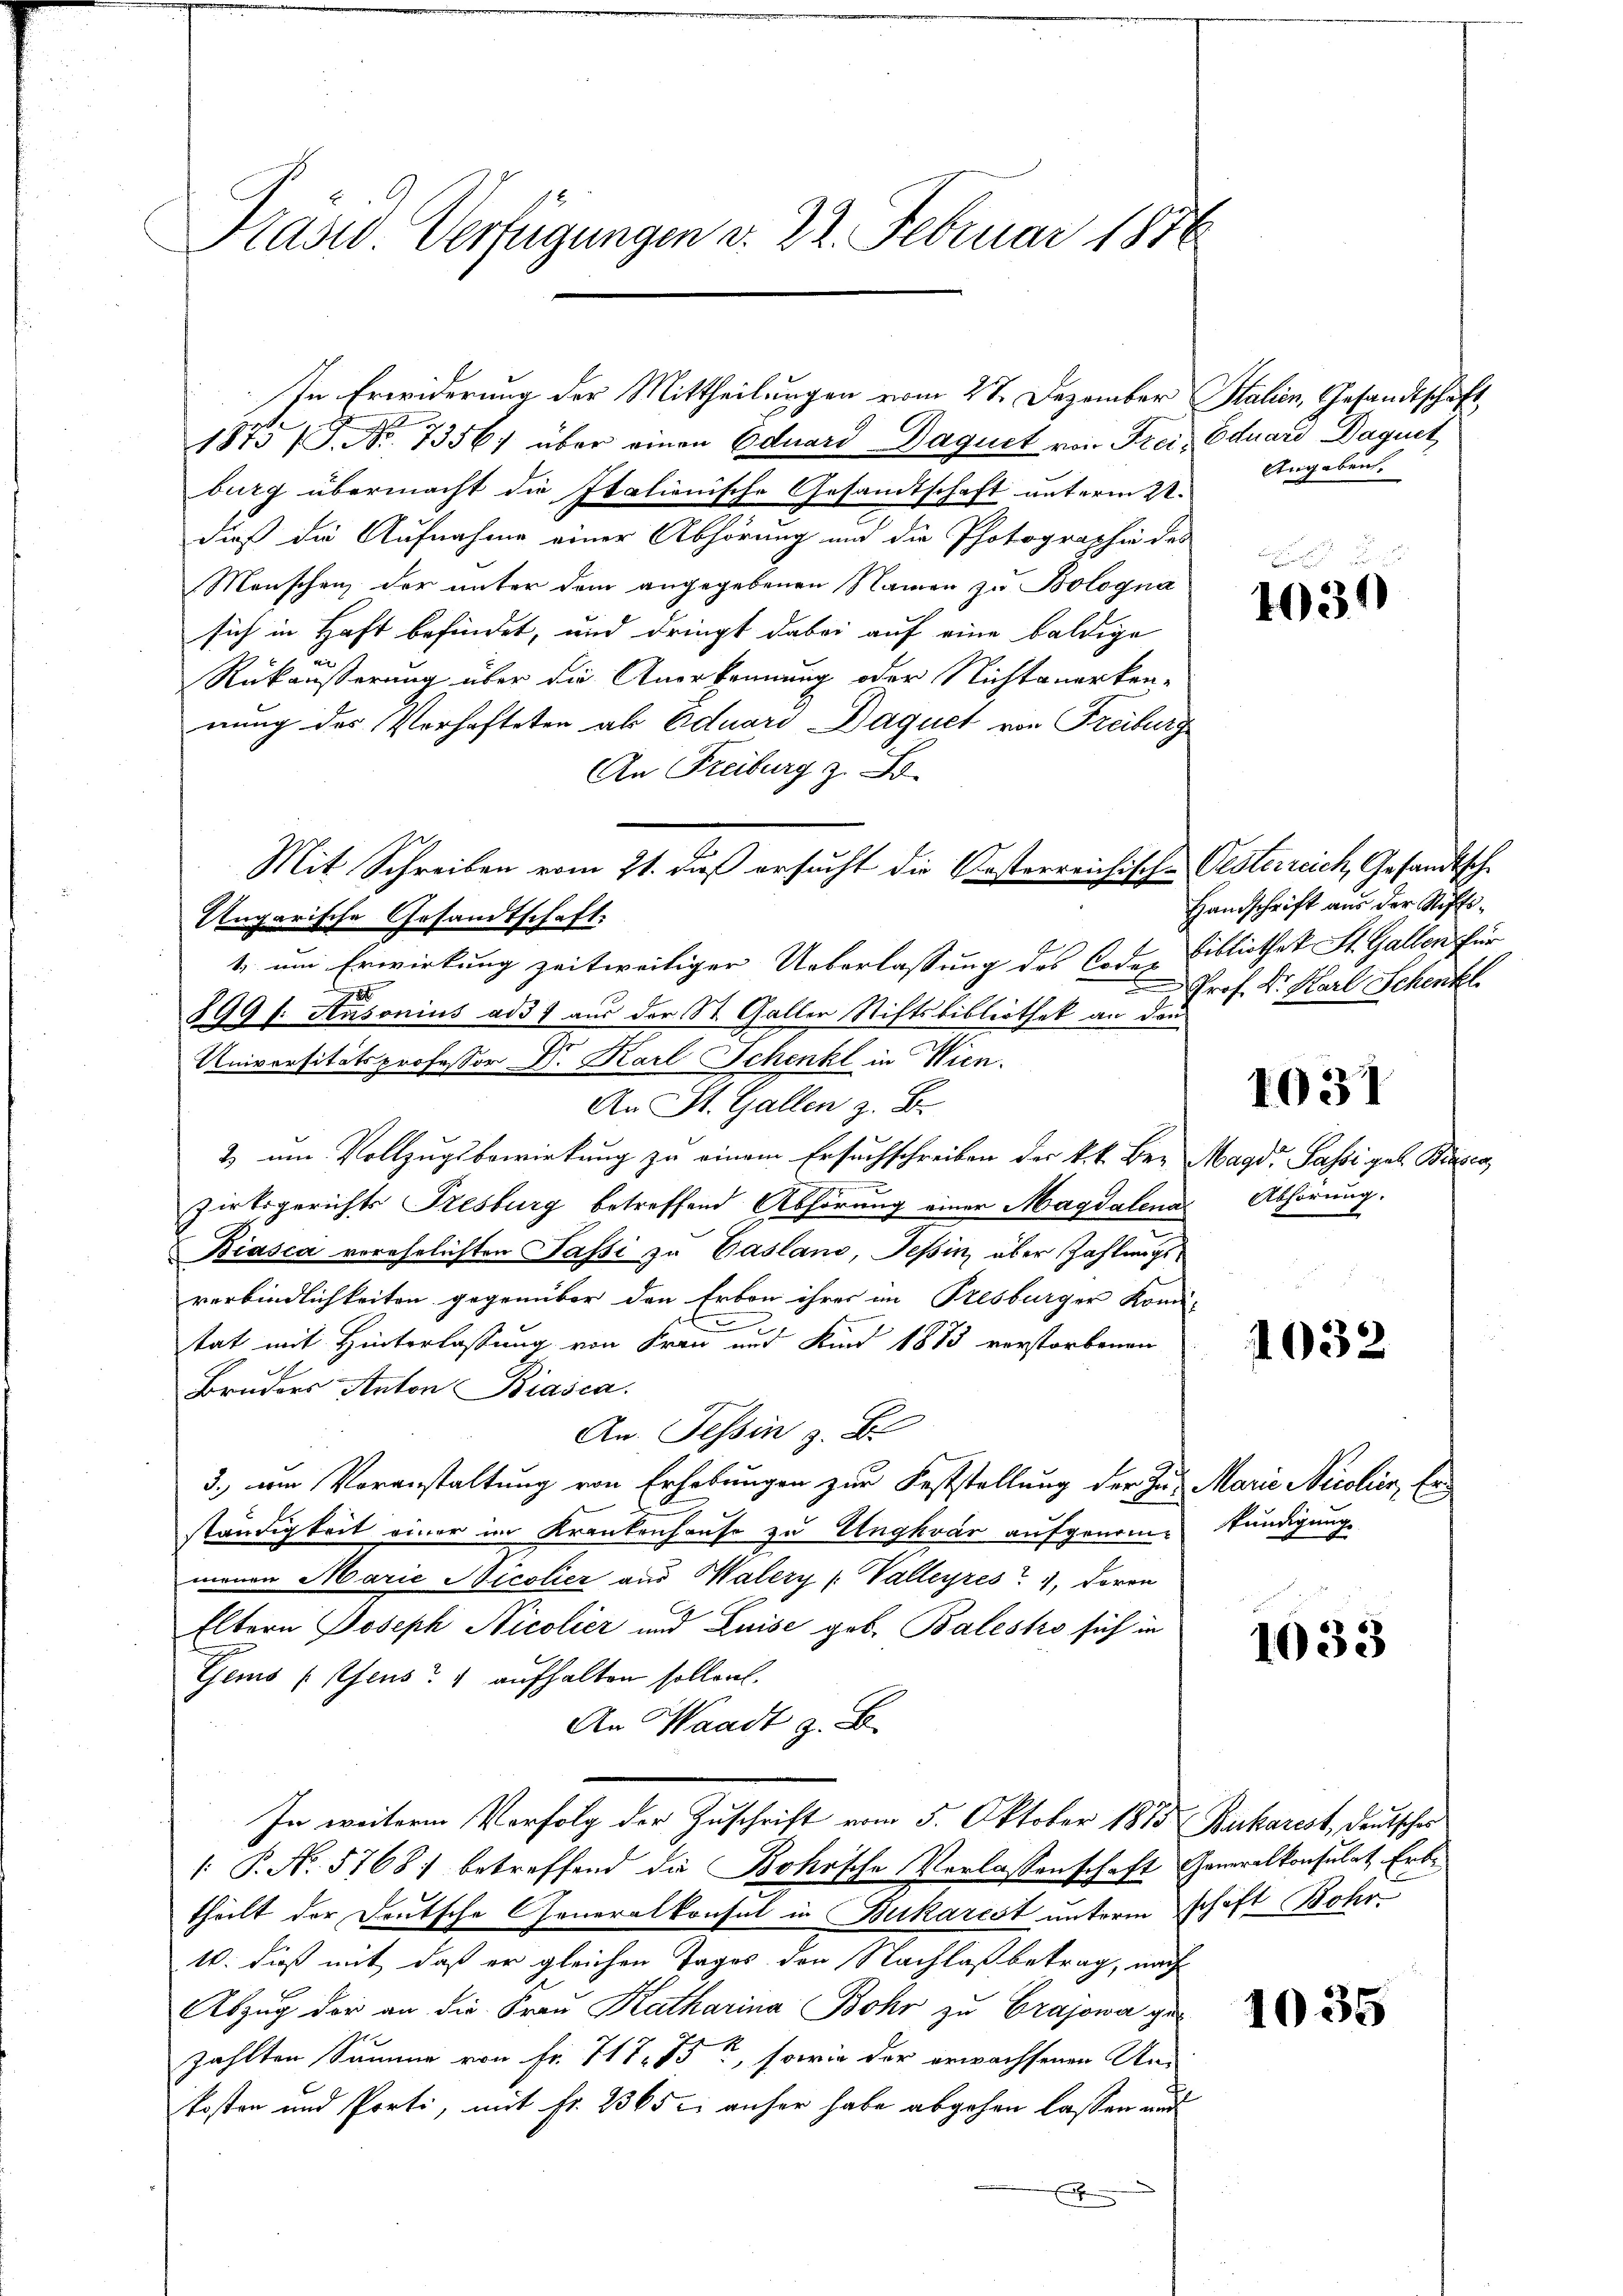
Präsid Verfügungen v. 22. Februar 1886

1875 /P. Nr. 7356. über einen Eduard Daquet von Freiburg übermacht die Italienische Gesandtschaft unterm 22.
daß die Aufnahme einer Abhörung und die Photographie des
Menschen der unter dem angegebenen Namen zu Bologna
sich in Haft befindet, und dringt dabei auf eine baldige
Rükäußerung über die Anerkennung oder Nichtanerken-
nung des Verhafteten ab Eduard Daquet von Freiburg
An Freiburg z. B.
Ungarische Gesandtschaft:
1. um Erwirkung zeitweiliger Ueberlassung des Codex
8
899 f. Ansonius ad 37 aus der St. Galler Stiftsbibliothek an die
Universitätsprofessor Dr. Karl Schenkt in Wien.
An St. Gallen z. B.
2 um Vollzugsbewirkung zu einem Ersuchschreiben der k.k. Be-
zirksgerichts Presburg betreffend Abhörung einer Magdalena
Biasca verehelichten Passi zu Vasland, Teßin, über Zahlungsverbindlichkeiten gegenüber den Erbon ihres am Presburger Kom-
.
tat mit Hinterlassung von Frau und Kind 1873 verstorbenen
Bruders Anton Biasca.
An. Tessin z. B.
3., um Voranstaltung von Erhebungen zur Feststellung der Zu- Marie Nicolier, Erständigkeit einer im Krankenhause zu Ungvár aufgenommenen Marie Nicolier aus Walery (Valleyres, doren
Eltern Joseph Nicolier und Luise geb. Balestro sich in
Gems (fens 4 aufhalten sollen.
An Waadt z. B.
In weiterem Verfolg der Zuschrift vom 5. Oktober 1875 Bukarest, deutscher
: P. No. 5768 betreffend die Bohrsche Verlassenschaft Generalkonsulat Erbe
theilt der Deutsche Generalkonsul in Bukarest unterm Schaft Bohr
1. dieß mit, daß er gleichen Tages den Nachlaß betrag, nach
Abzŭg der an die Fraŭ Katharina Bohr zu Crajowa gezählten Summe von Fr. 717. 75, sowie der erwachsenen An-
kosten und Porti, mit fr. 2365 c. anher habe abgehen lassen und
x

In Erwiderung der Mittheilungen vom 27. Dezember

Mit Schreiben vom 21. daß ersucht die Kosterreichisch-

Salien, Gesandtschaft,
Eduard Daquet
Angaben.

1034

Oesterreich, Gesandtsch
Handschrift aus der Stiftsbibliothek St. Gallen für
Prof. Dr. Karl Schentl.

1031

Magd. Passi geb. Bise
Abhörung.

1032.

kundigung

1033

1035